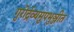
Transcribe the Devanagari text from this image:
गुरोर्द्रव्यमुपभुञ्जीत